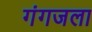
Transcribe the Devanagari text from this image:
गंगजला